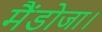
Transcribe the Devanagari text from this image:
मैंडोजा।